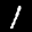
Label: 1